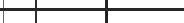
٥٠